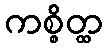
ကစ္စိတ္ထ